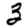
Digit: 3